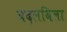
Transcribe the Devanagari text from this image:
बदलविला